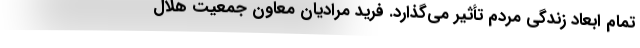
تمام ابعاد زندگی مردم تأثیر می‌گذارد. فرید مرادیان معاون جمعیت هلال